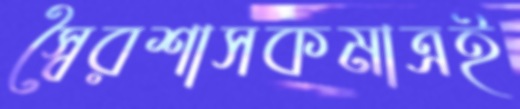
স্বৈরশাসকমাত্রই